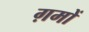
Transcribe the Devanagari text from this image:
ग़मों